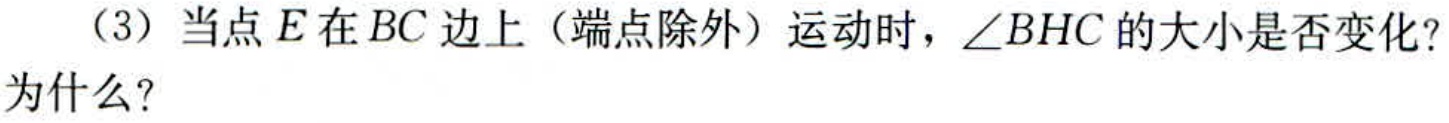
（3）当点\(E\)在\(BC\)边上（端点除外）运动时，\(\angle BHC\)的大小是否变化? 为什么?